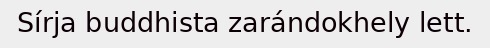
Sírja buddhista zarándokhely lett.